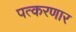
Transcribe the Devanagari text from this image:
पत्करणार